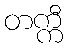
တက္ကီ